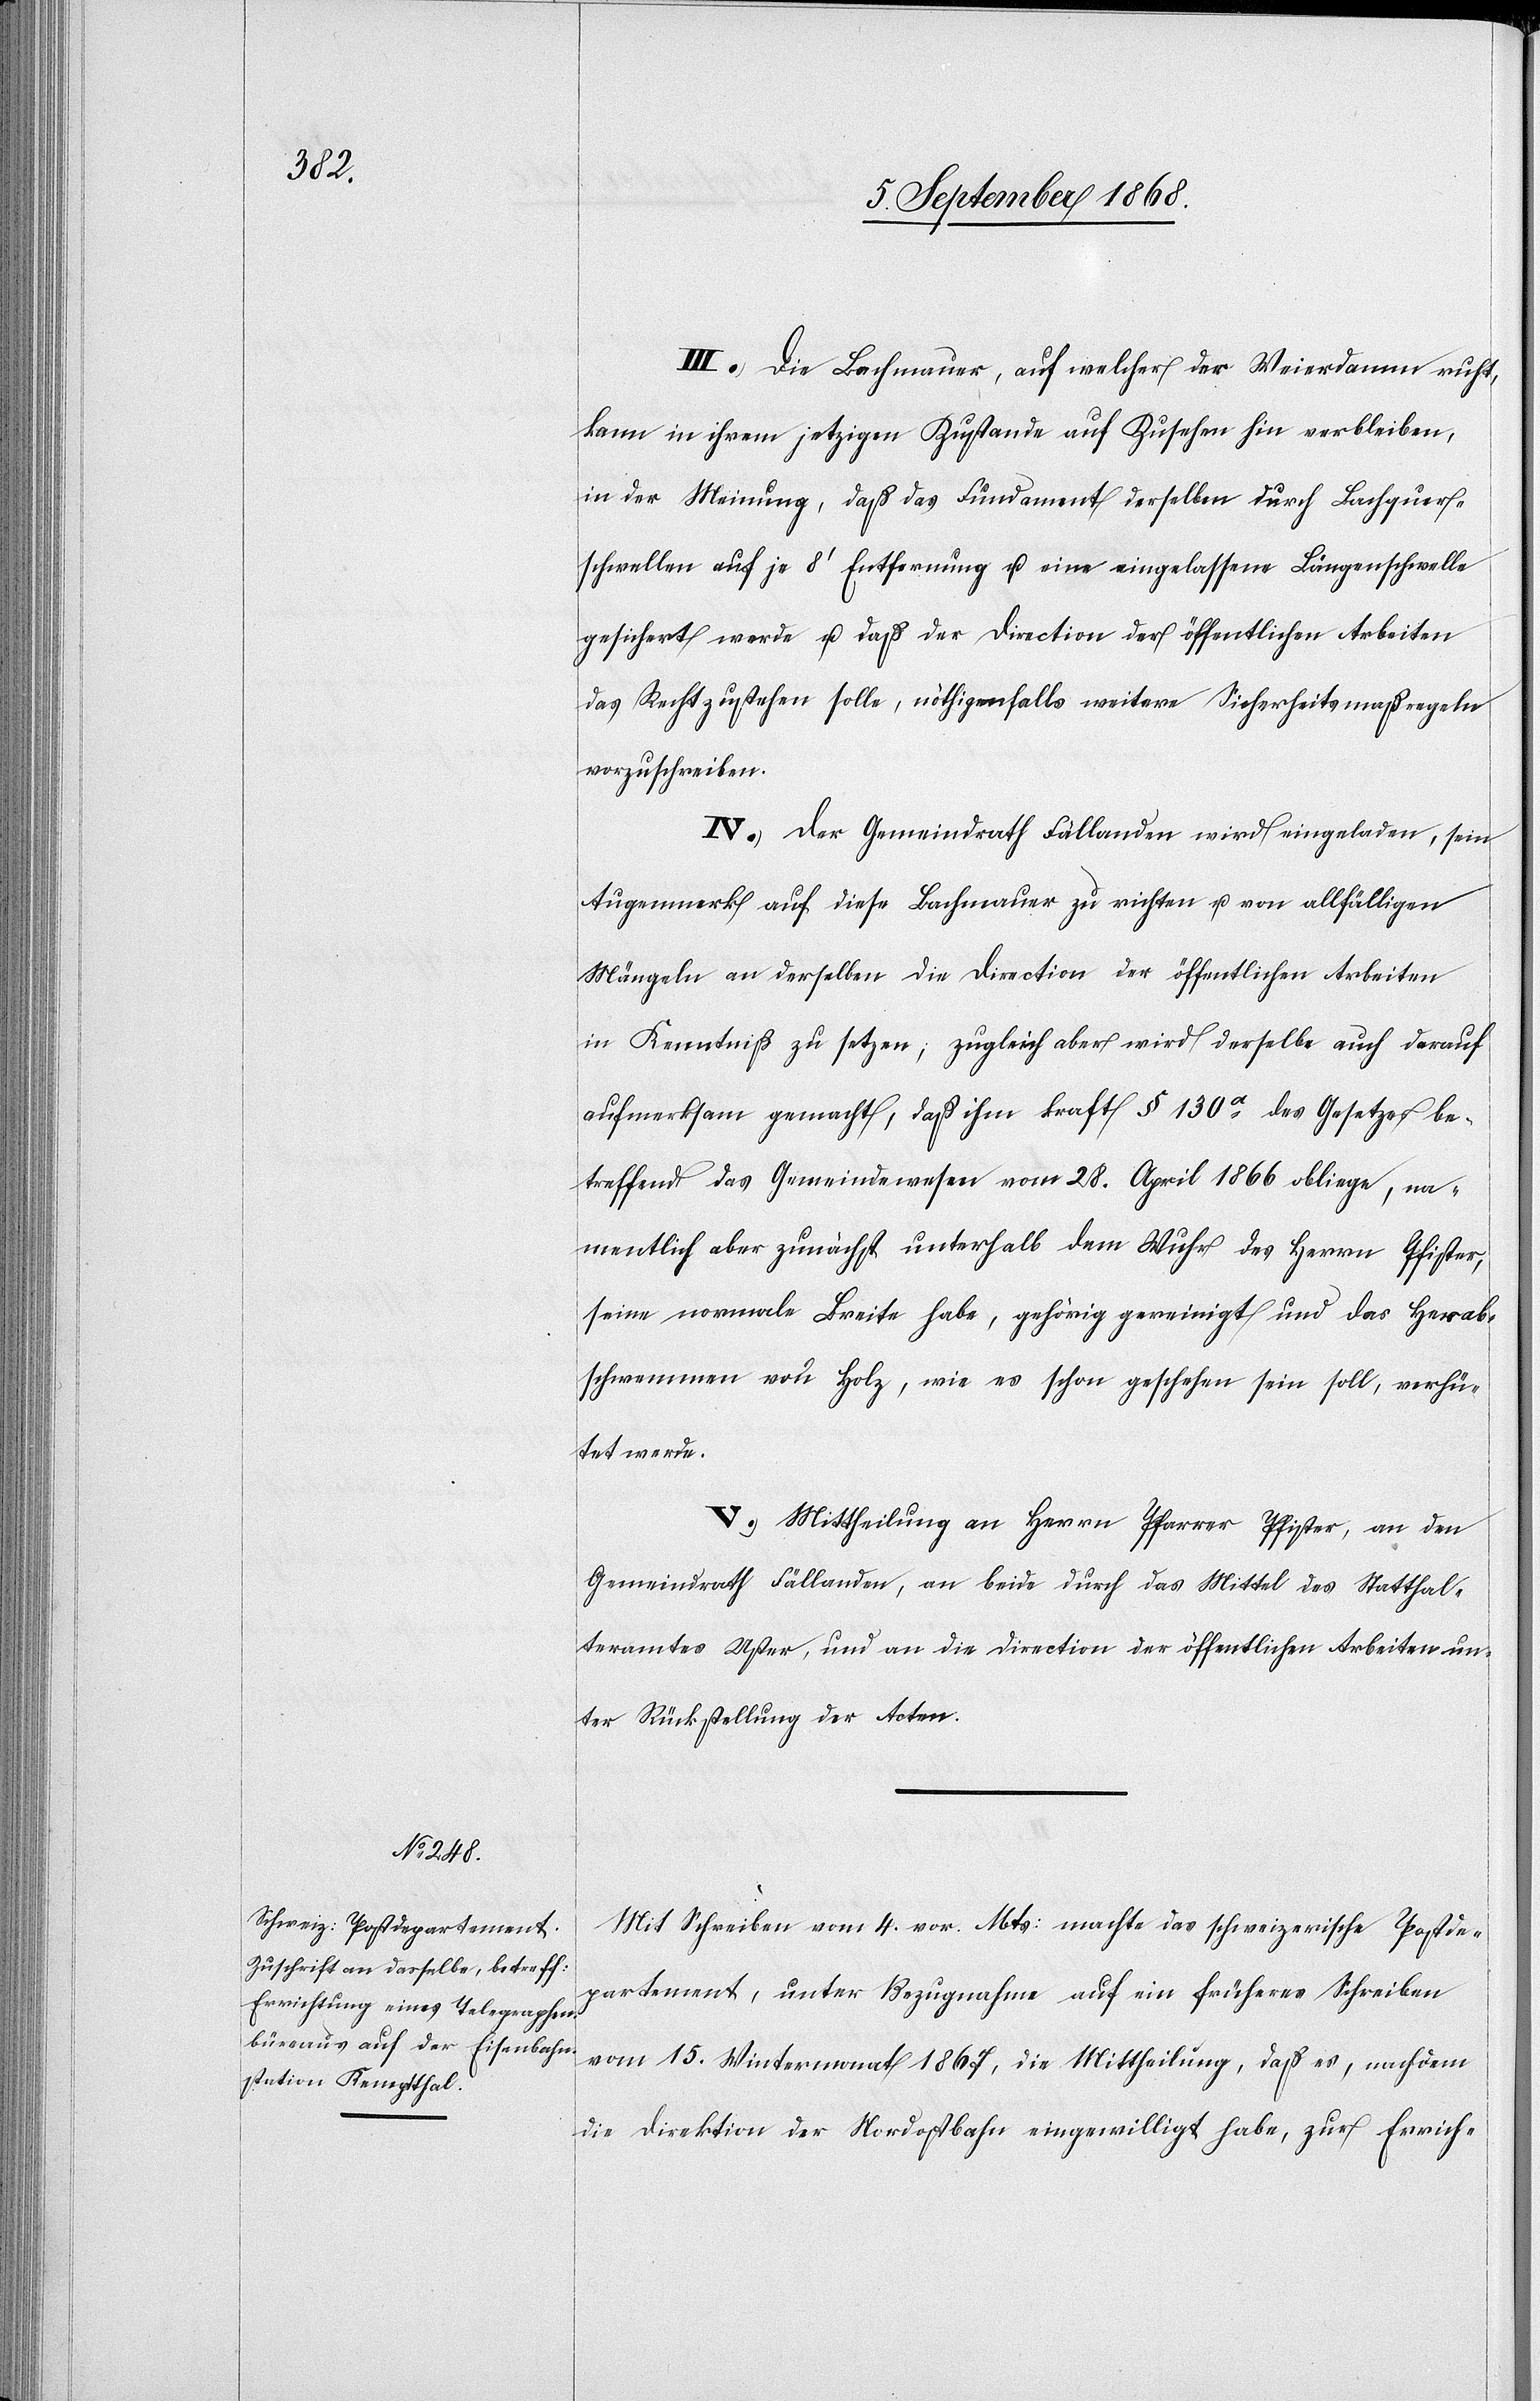
III.) Die Bachmauer, auf welcher der Weierdamm ruht,
kann in ihrem jetzigen Zustande auf Zusehen hin verbleiben,
in der Meinung, daß das Fundament derselben durch Bachquer¬
schwellen auf je 8‘ Entfernung u. eine eingelassene Längenschwelle
gesichert werde u. daß der Direction der öffentlichen Arbeiten
das Recht zustehen solle, nöthigenfalls weitere Sicherheitsmaßregeln
vorzuschreiben.
IV.) Der Gemeindrath Fällanden wird eingeladen, sein
Augenmerk auf diese Bachmauer zu richten u. von allfälligen
Mängeln an derselben die Direction der öffentlichen Arbeiten
in Kenntniß zu setzen; zugleich aber wird derselbe auch darauf
aufmerksam gemacht, daß ihm kraft § 130a des Gesetzes be¬
treffend das Gemeindewesen vom 28. April 1866 obliege, na¬
mentlich aber zunächst unterhalb dem Wuhr des Herrn Pfister,
seine normale Breite habe, gehörig gereinigt und das Herab¬
schwemmen von Holz, wie es schon geschehen sein soll, verhü¬
tet werde.
V.) Mittheilung an Herrn Pfarrer Pfister, an den
Gemeindrath Fällanden, an beide durch das Mittel des Statthal¬
teramtes Uster, und an die Direction der öffentlichen Arbeiten un¬
ter Rückstellung der Acten.
Mit Schreiben vom 4. vor. Mts: machte das schweizerische Postde¬
partement, unter Bezugnahme auf ein früheres Schreiben
vom 15. Wintermonat 1867, die Mittheilung, daß es, nachdem
die Direction der Nordostbahn eingewilligt habe, zur Errich-